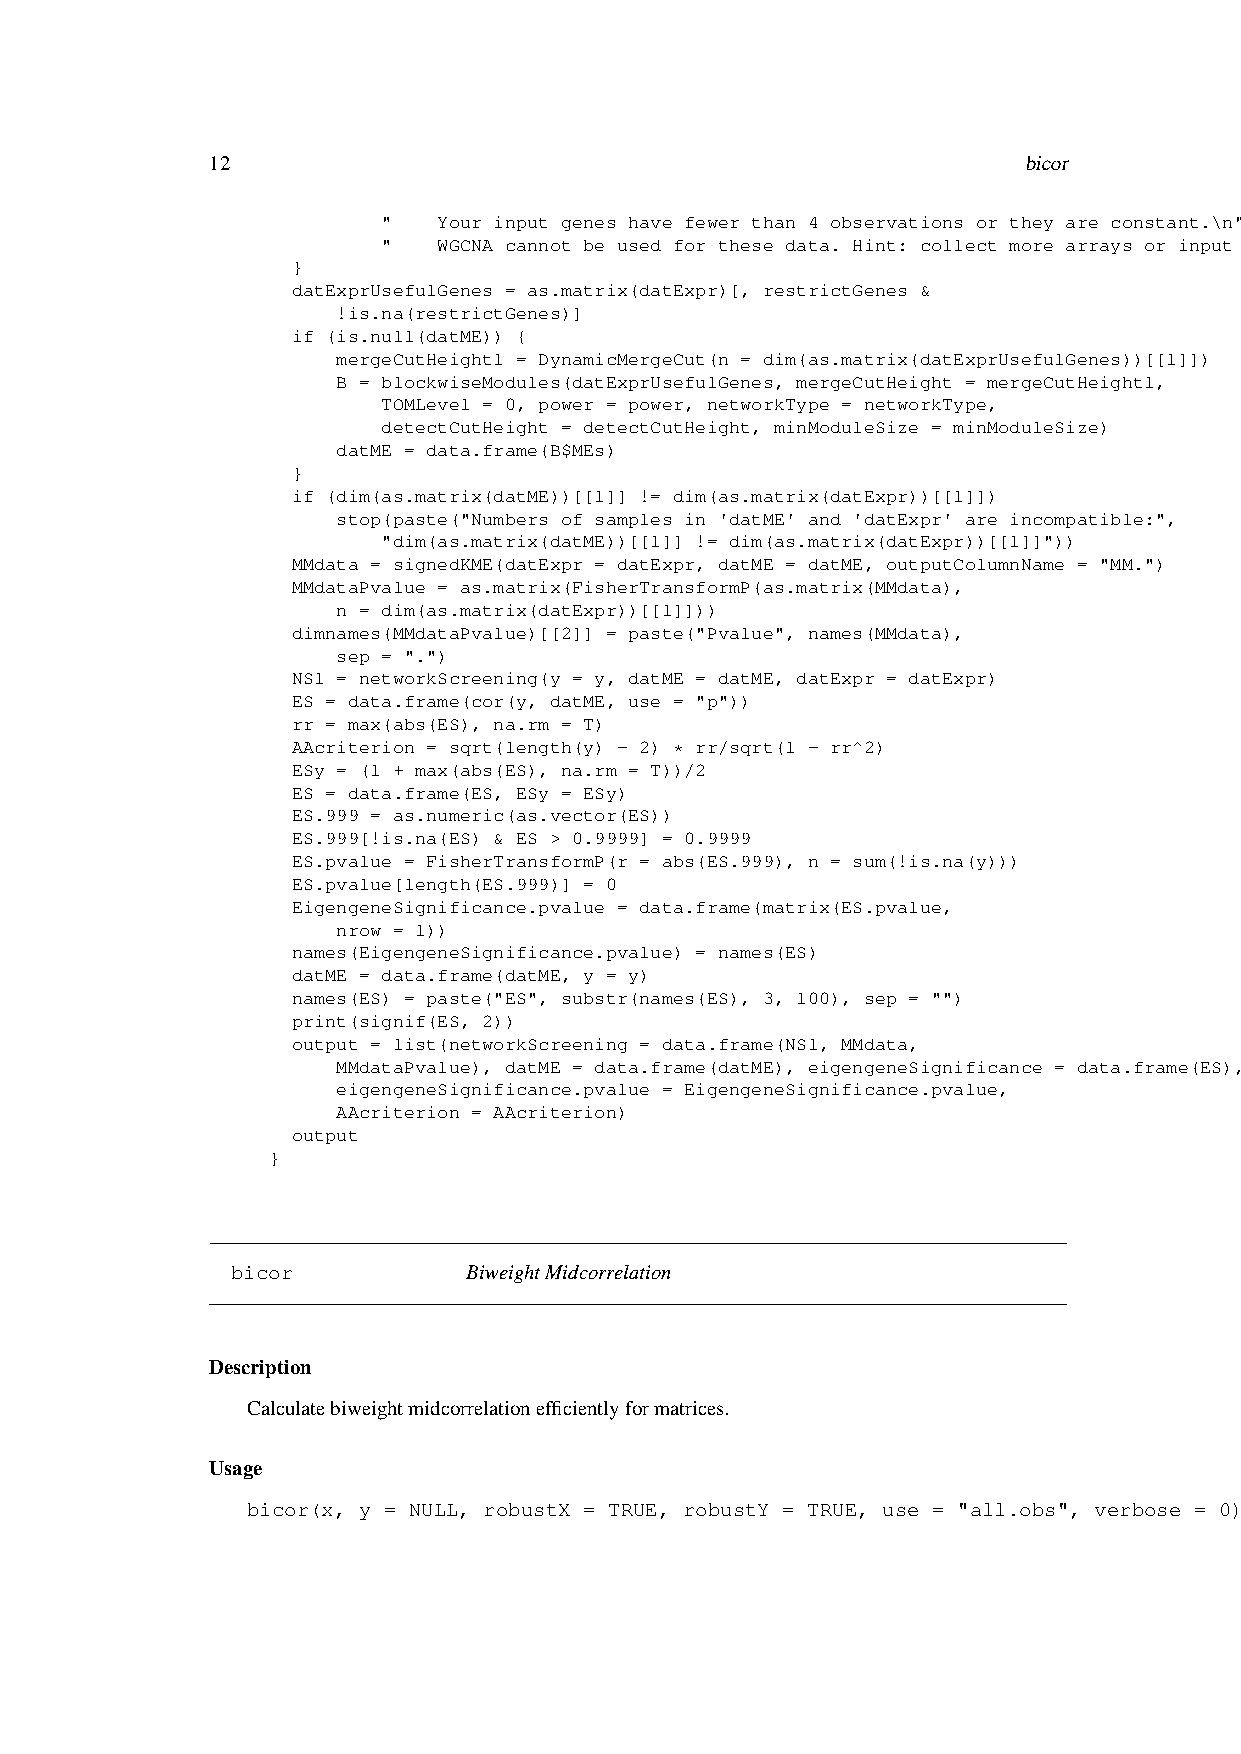
12                                                    bicor
 "   Your input genes have fewer than 4 observations or they are constant.\n",
 "   WGCNA cannot be used for these data. Hint: collect more arrays or input genes that vary."))
 }
 datExprUsefulGenes = as.matrix(datExpr)[, restrictGenes &
 !is.na(restrictGenes)]
 if (is.null(datME)) {
 mergeCutHeight1 = DynamicMergeCut(n = dim(as.matrix(datExprUsefulGenes))[[1]])
 B = blockwiseModules(datExprUsefulGenes, mergeCutHeight = mergeCutHeight1,
 TOMLevel = 0, power = power, networkType = networkType,
 detectCutHeight = detectCutHeight, minModuleSize = minModuleSize)
 datME = data.frame(B$MEs)
 }
 if (dim(as.matrix(datME))[[1]] != dim(as.matrix(datExpr))[[1]])
 stop(paste("Numbers of samples in 'datME' and 'datExpr' are incompatible:",
 "dim(as.matrix(datME))[[1]] != dim(as.matrix(datExpr))[[1]]"))
 MMdata = signedKME(datExpr = datExpr, datME = datME, outputColumnName = "MM.")
 MMdataPvalue = as.matrix(FisherTransformP(as.matrix(MMdata),
 n = dim(as.matrix(datExpr))[[1]]))
 dimnames(MMdataPvalue)[[2]] = paste("Pvalue", names(MMdata),
 sep = ".")
 NS1 = networkScreening(y = y, datME = datME, datExpr = datExpr)
 ES = data.frame(cor(y, datME, use = "p"))
 rr = max(abs(ES), na.rm = T)
 AAcriterion = sqrt(length(y) - 2) * rr/sqrt(1 - rr^2)
 ESy = (1 + max(abs(ES), na.rm = T))/2
 ES = data.frame(ES, ESy = ESy)
 ES.999 = as.numeric(as.vector(ES))
 ES.999[!is.na(ES) & ES > 0.9999] = 0.9999
 ES.pvalue = FisherTransformP(r = abs(ES.999), n = sum(!is.na(y)))
 ES.pvalue[length(ES.999)] = 0
 EigengeneSignificance.pvalue = data.frame(matrix(ES.pvalue,
 nrow = 1))
 names(EigengeneSignificance.pvalue) = names(ES)
 datME = data.frame(datME, y = y)
 names(ES) = paste("ES", substr(names(ES), 3, 100), sep = "")
 print(signif(ES, 2))
 output = list(networkScreening = data.frame(NS1, MMdata,
 MMdataPvalue), datME = data.frame(datME), eigengeneSignificance = data.frame(ES),
 eigengeneSignificance.pvalue = EigengeneSignificance.pvalue,
 AAcriterion = AAcriterion)
 output
 }
 bicor           BiweightMidcorrelation
 Description
 Calculatebiweightmidcorrelationefficientlyformatrices.
 Usage
 bicor(x, y = NULL, robustX = TRUE, robustY = TRUE, use = "all.obs", verbose = 0)